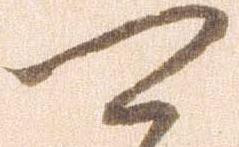
可